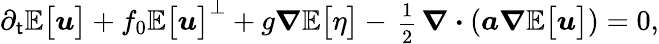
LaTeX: \partial_{\mathsf{t}}\mathbb{{E}}\big[\boldsymbol{u}\big]+f_{0}\mathbb{{E}}\big[\boldsymbol{u}\big]^{\perp}+g\boldsymbol{\nabla}\mathbb{{E}}\big[\eta\big]-\mathrm{{\scriptsize~\frac{{1}}{{2}}~}}\boldsymbol{\nabla}\boldsymbol{\cdot}(\boldsymbol{a}\boldsymbol{\nabla}\mathbb{{E}}\big[\boldsymbol{u}\big])=0,